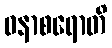
ဝနာစရောတိ